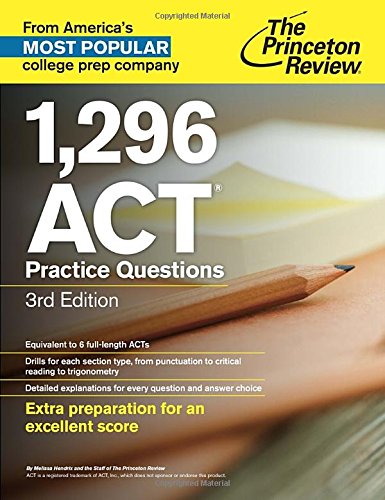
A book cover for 1,296 ACT Practice Questions, 3rd Edition (College Test Preparation); Princeton Review; Test Preparation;